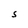
Character: S